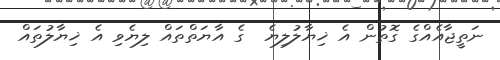
ނަތީޖާއެއްގެ ގޮތުން އެ ޚިޔާލުލިޔެ  ގެ އާޔަތްތައް ލިޔެވި އެ ޚިޔާލުތައް